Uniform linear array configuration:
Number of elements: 32
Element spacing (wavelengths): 0.75
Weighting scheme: uniform
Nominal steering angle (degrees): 0
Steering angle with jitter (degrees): -0.6972
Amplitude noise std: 0.05
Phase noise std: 0.05

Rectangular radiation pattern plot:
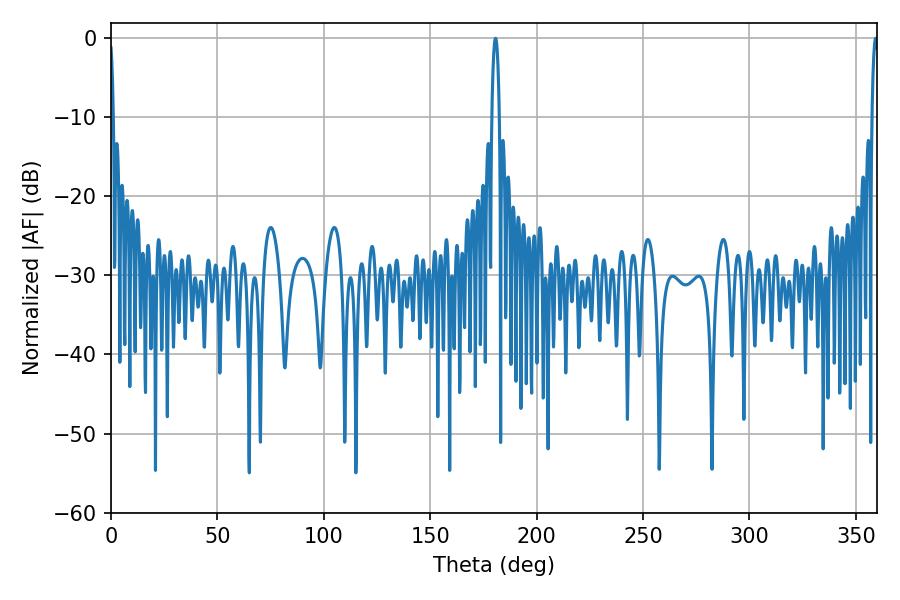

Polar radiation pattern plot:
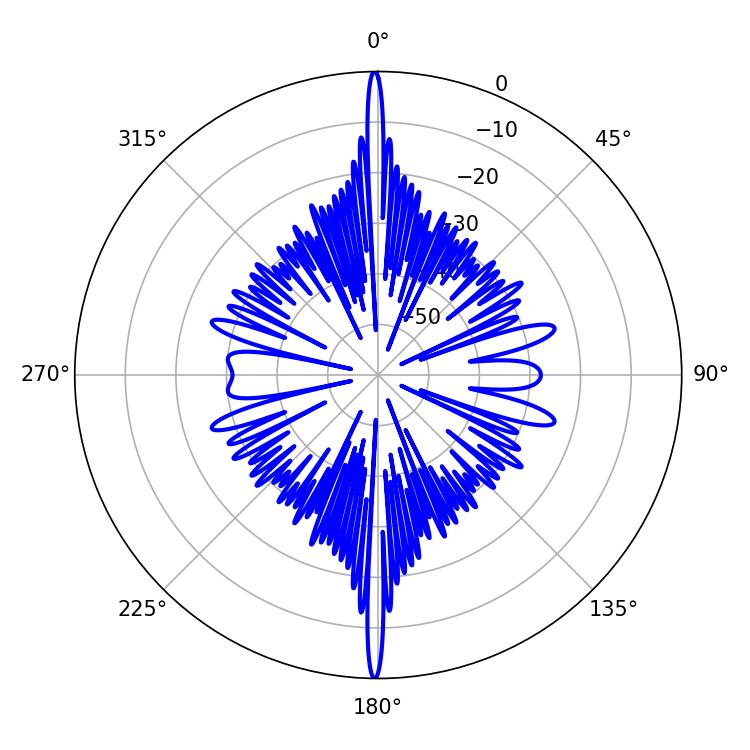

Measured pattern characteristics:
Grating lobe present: TRUE
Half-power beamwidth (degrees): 1.62
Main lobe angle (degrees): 359.28